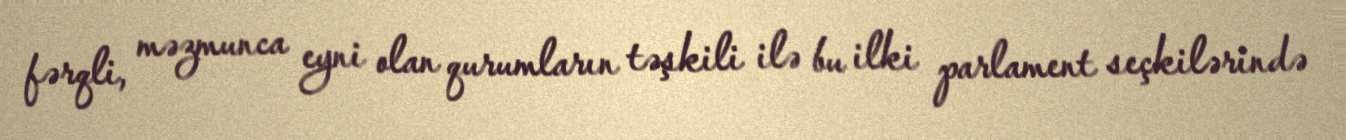
fərqli, məzmunca eyni olan qurumların təşkili ilə bu ilki parlament seçkilərində